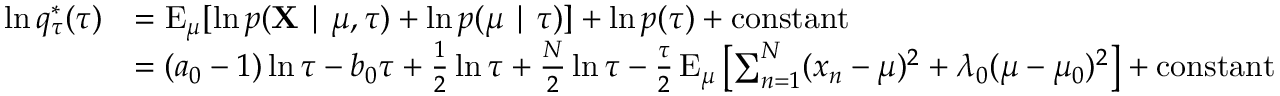
{ \begin{array} { r l } { \ln q _ { \tau } ^ { * } ( \tau ) } & { = \operatorname { E } _ { \mu } [ \ln p ( \mathbf { X } \mid \mu , \tau ) + \ln p ( \mu \mid \tau ) ] + \ln p ( \tau ) + { \mathrm { c o n s t a n t } } } \\ & { = ( a _ { 0 } - 1 ) \ln \tau - b _ { 0 } \tau + { \frac { 1 } { 2 } } \ln \tau + { \frac { N } { 2 } } \ln \tau - { \frac { \tau } { 2 } } \operatorname { E } _ { \mu } \left[ \sum _ { n = 1 } ^ { N } ( x _ { n } - \mu ) ^ { 2 } + \lambda _ { 0 } ( \mu - \mu _ { 0 } ) ^ { 2 } \right] + { \mathrm { c o n s t a n t } } } \end{array} }